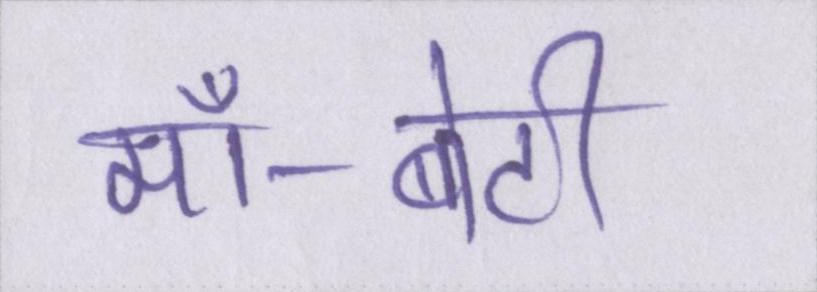
माँ-बेटी